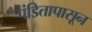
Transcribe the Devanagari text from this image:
पंडितापासून